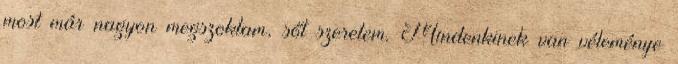
most már nagyon megszoktam, sőt szeretem. Mindenkinek van véleménye